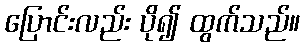
ပြောင်းလည်း ပို၍ ထွက်သည်။